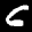
Label: 6